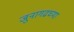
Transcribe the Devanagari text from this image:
जुनागढच्या